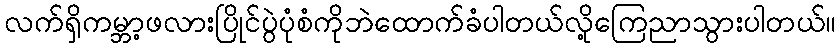
လက်ရှိကမ္ဘာ့ဖလားပြိုင်ပွဲပုံစံကိုဘဲထောက်ခံပါတယ်လို့ကြေညာသွားပါတယ်။